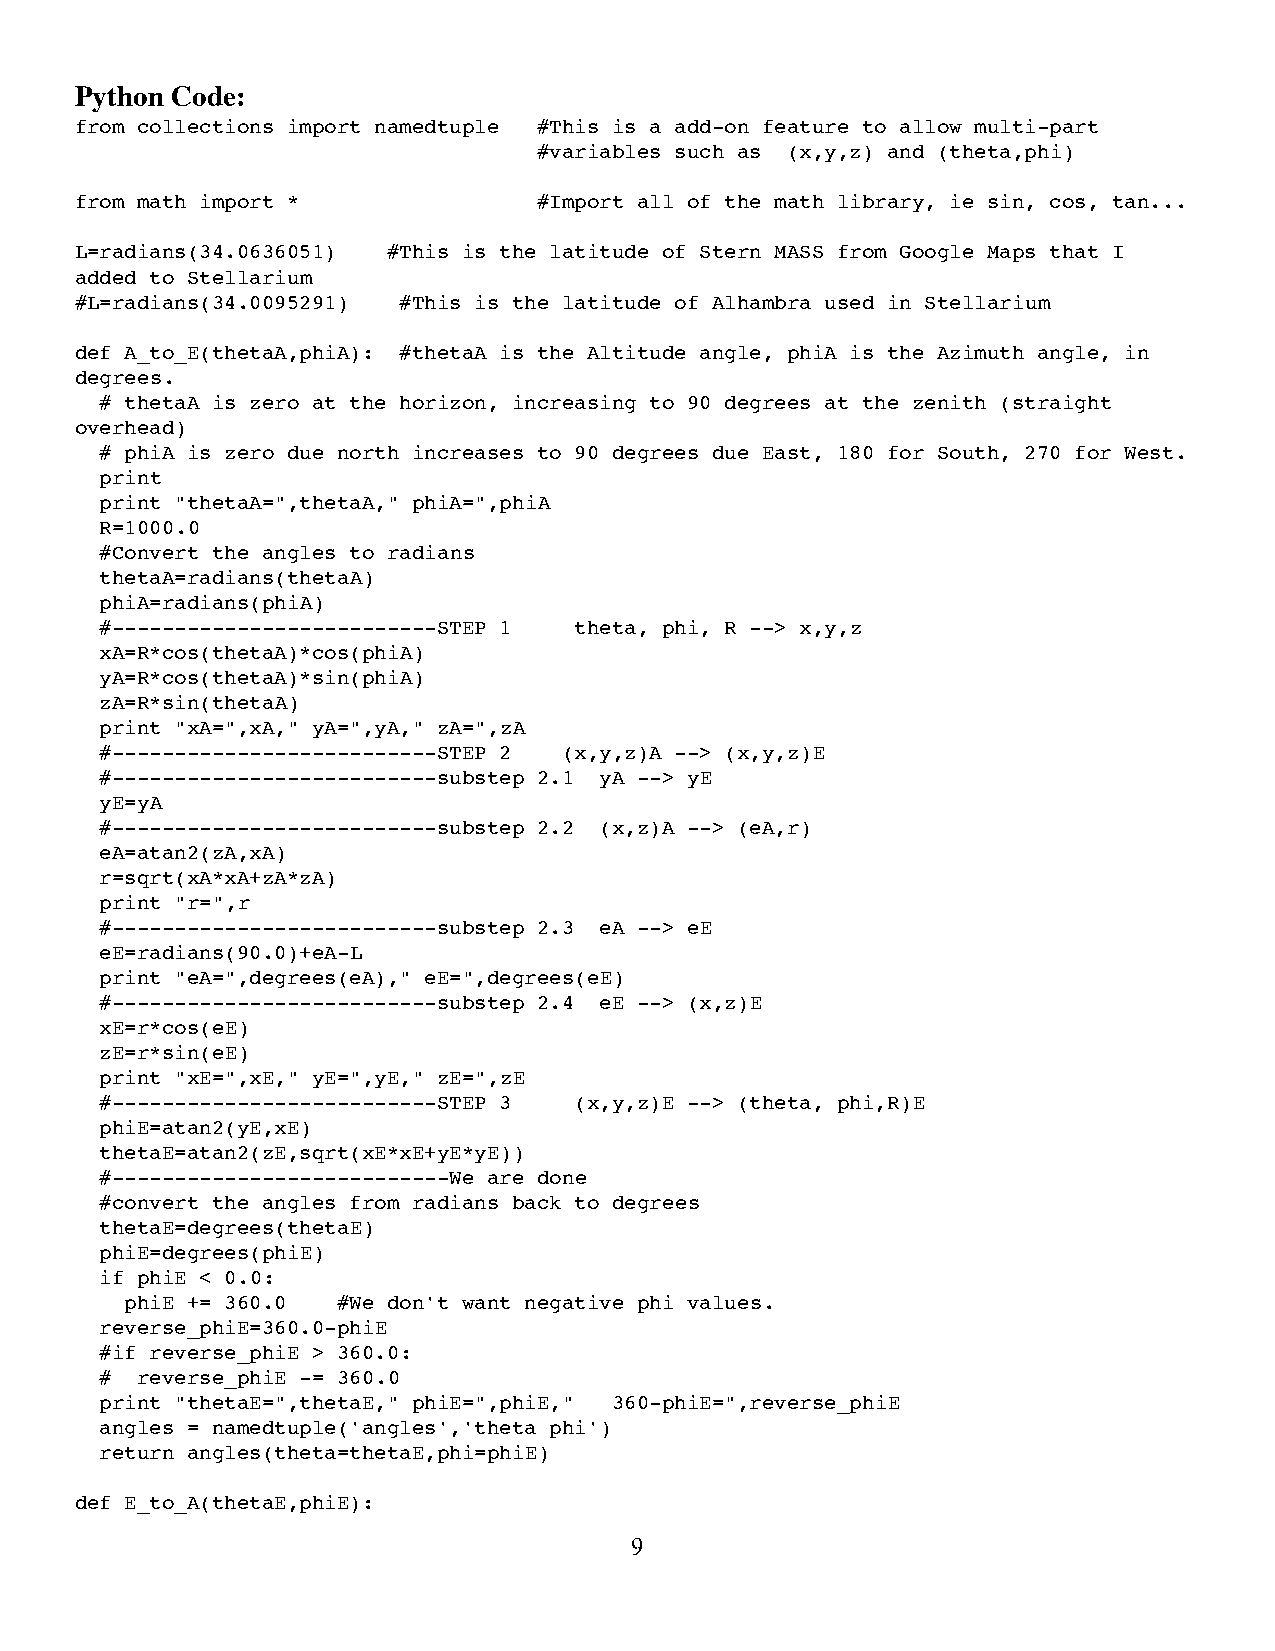
Python Code:
 from collections import namedtuple #This is a add-on feature to allow multi-part
 #variables such as (x,y,z) and (theta,phi)
 from math import *             #Import all of the math library, ie sin, cos, tan...
 L=radians(34.0636051) #This is the latitude of Stern MASS from Google Maps that I
 added to Stellarium
 #L=radians(34.0095291) #This is the latitude of Alhambra used in Stellarium
 def A_to_E(thetaA,phiA): #thetaA is the Altitude angle, phiA is the Azimuth angle, in
 degrees.
 # thetaA is zero at the horizon, increasing to 90 degrees at the zenith (straight
 overhead)
 # phiA is zero due north increases to 90 degrees due East, 180 for South, 270 for West.
 print
 print "thetaA=",thetaA," phiA=",phiA
 R=1000.0
 #Convert the angles to radians
 thetaA=radians(thetaA)
 phiA=radians(phiA)
 #--------------------------STEP 1 theta, phi, R --> x,y,z
 xA=R*cos(thetaA)*cos(phiA)
 yA=R*cos(thetaA)*sin(phiA)
 zA=R*sin(thetaA)
 print "xA=",xA," yA=",yA," zA=",zA
 #--------------------------STEP 2 (x,y,z)A --> (x,y,z)E
 #--------------------------substep 2.1 yA --> yE
 yE=yA
 #--------------------------substep 2.2 (x,z)A --> (eA,r)
 eA=atan2(zA,xA)
 r=sqrt(xA*xA+zA*zA)
 print "r=",r
 #--------------------------substep 2.3 eA --> eE
 eE=radians(90.0)+eA-L
 print "eA=",degrees(eA)," eE=",degrees(eE)
 #--------------------------substep 2.4 eE --> (x,z)E
 xE=r*cos(eE)
 zE=r*sin(eE)
 print "xE=",xE," yE=",yE," zE=",zE
 #--------------------------STEP 3 (x,y,z)E --> (theta, phi,R)E
 phiE=atan2(yE,xE)
 thetaE=atan2(zE,sqrt(xE*xE+yE*yE))
 #---------------------------We are done
 #convert the angles from radians back to degrees
 thetaE=degrees(thetaE)
 phiE=degrees(phiE)
 if phiE < 0.0:
 phiE += 360.0 #We don't want negative phi values.
 reverse_phiE=360.0-phiE
 #if reverse_phiE > 360.0:
 # reverse_phiE -= 360.0
 print "thetaE=",thetaE," phiE=",phiE," 360-phiE=",reverse_phiE
 angles = namedtuple('angles','theta phi')
 return angles(theta=thetaE,phi=phiE)
 def E_to_A(thetaE,phiE):
 9